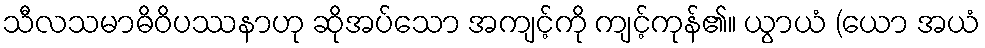
သီလသမာဓိဝိပဿနာဟု ဆိုအပ်သော အကျင့်ကို ကျင့်ကုန်၏။ ယွာယံ (ယော အယံ